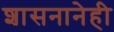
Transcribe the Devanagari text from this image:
शासनानेही